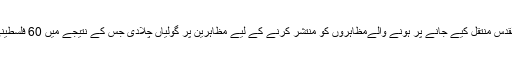
اسرائیل فوج کی جانب سے امریکی سفارتخانے کے القدس منتقل کیے جانے پر ہونے والےمظاہروں کو منتشر کرنے کے لیے مظاہرین پر گولیاں چلادی جس کے نتیجے میں 60 فلسطینی باشندے شہید اور 2 ہزار 770 افراد زخمی ہوگئے۔